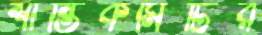
শান্তিকমিটির